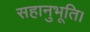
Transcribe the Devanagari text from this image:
सहानुभूति।